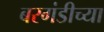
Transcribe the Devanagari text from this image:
बरगंडीच्या